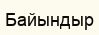
Байындыр